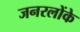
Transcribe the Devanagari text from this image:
जनरलोंके